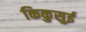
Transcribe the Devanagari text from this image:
किकुसुई